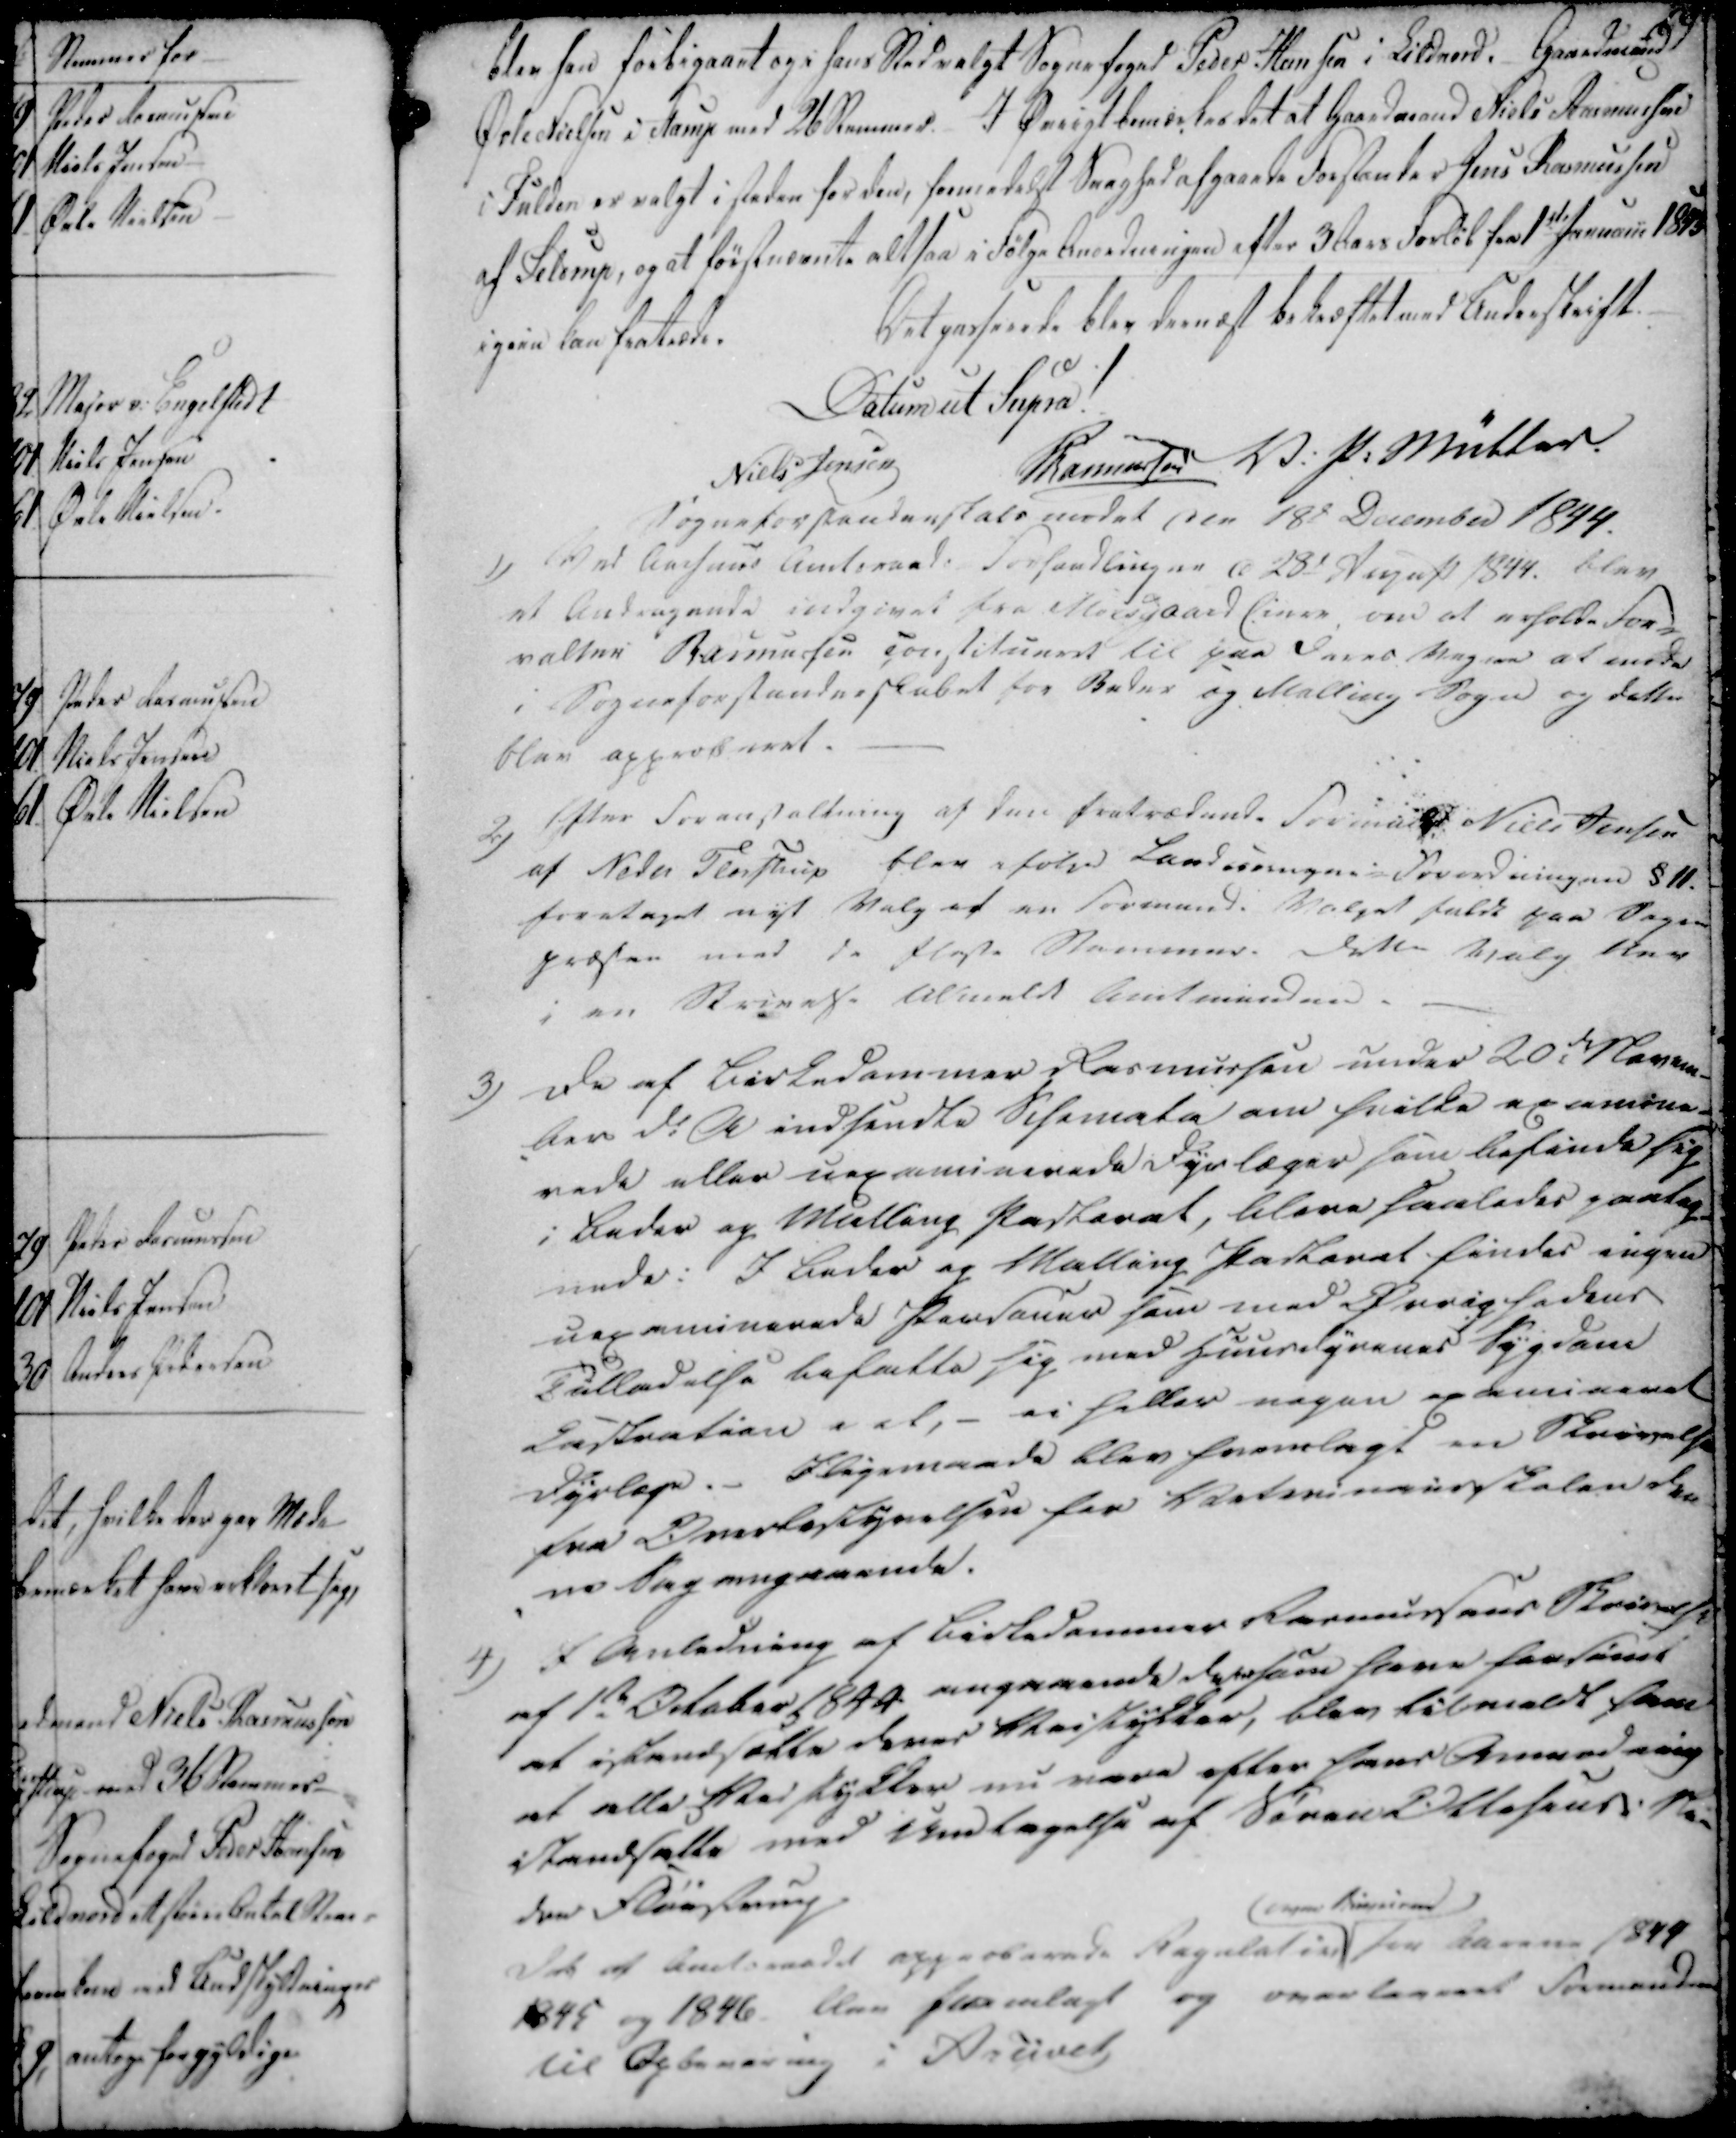
Transskription:
blev han forbigaaet og i hans Sted valgt Sognefoged Peder Hansen i Lildnord. Gaardmand
Øvle Nielsen i Starup med 26 Stemmer. I Øvrigt bemærkes det at Gaardmand Niels Rasmussen
i Fulden er valgt i steden for den, formedelst Svaghed afgaaende Forstander Jens Rasmussen
af Seldrup, og at førstnævnte altsaa i Følge Anordningen efter 3 Aars Forløb fra 1ste Januar 1843
igien kan fratræde.
Det passerede blev dernæst bekræftet med Underskrift.

Datum ut Supra!

Niels Jensen
Rasmussen
V. P. Müller.

Sogneforstanderskabsmødet den 18de December 1844.

1)

Ved Aarhuus Amtsraads Forhandlinger d 23de August 1844. blev
et Andragende indgivet fra Moisgaard Eiere om at erholde For-
valter Rasmussen constitueret til paa Deres Vegne at møde
i Sogneforstanderskabet for Beder og Malling Sogn og dette
blev approberet.

2)

Efter Foranstaltning af den fratrædende Formant Niels Jensen
af Neder Fløistrup blev ifølge Landeierngne Forordningen §11.
foretaget nyt Valg af en Formand. Valget faldt paa Sogne
præsten med de fleste Stemmer. Dette Valg blev
i en Skrivelse tilmeldt Amtmanden

3)

De af Birkedommer Rasmussen under 20de Novem-
-ber d.A indsendte Sisemata om hvilke af amine-
rede eller uegaminerede Dyrlæger som befinde sig
i Beder og Malling Pastorat, bleve saaledes paatag-
ende: I Beder og Malling Pastorat findes ingen
uegaminerede Personer som med Øvrighedens
Tilladelse befatte sig med Huusdyrenes Sygdom
Kastration i et, - ei heller nogen egamireret
Dyrlæge.- Iligemaade blev fremlagt en Skrivelse
fra Overbestyrelsen for Veterinairskolen den
-ne Sag angaaende.

4)

I Anledning af Birkedommer Rasmussens Skrivelse
af 1ste October 1844 angaaende dersom have forsømt
at istandsætte deres Veistykker, blev tilmeldt ham
at alle Veistykker nu vare efter hans Anmodning
istandsatte med Undtagelse af Søren Ottosens i Ne-
der Fløistrup.
Det af Amtsraadet approberede Regulatin  for barene 1844
1845 og 1846 blev fremlagt og overleveret Formanden
til Opbevaring i Arkivet